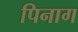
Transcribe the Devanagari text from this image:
पिनाग